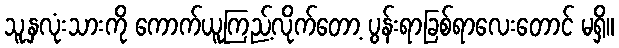
သူ့နှလုံးသားကို ကောက်ယူကြည့်လိုက်တော့ ပွန်းရာခြစ်ရာလေးတောင် မရှိ။